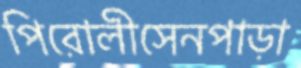
পিরোলীসেনপাড়া